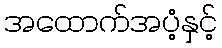
အထောက်အပံ့နှင့်